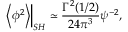
\left. \left< \phi ^ { 2 } \right> \right| _ { S H } \simeq \frac { \Gamma ^ { 2 } ( 1 / 2 ) } { 2 4 \pi ^ { 3 } } \psi ^ { - 2 } ,